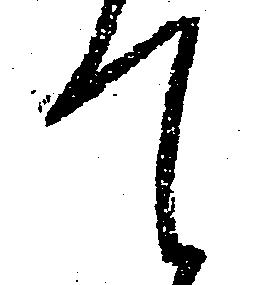
て